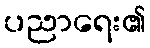
ပညာရေး၏